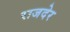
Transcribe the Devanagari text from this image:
राजदेर